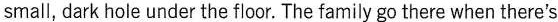
small, dark hole under the floor. The family go there when there's